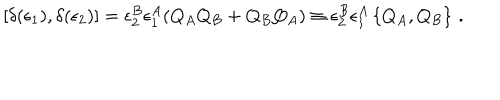
[ \delta ( \epsilon _ { 1 } ) , \delta ( \epsilon _ { 2 } ) ] = \epsilon _ { 2 } ^ { B } \epsilon _ { 1 } ^ { A } ( Q _ { A } Q _ { B } + Q _ { B } Q _ { A } ) \equiv \epsilon _ { 2 } ^ { B } \epsilon _ { 1 } ^ { A } \left\{ Q _ { A } , Q _ { B } \right\} \, .